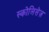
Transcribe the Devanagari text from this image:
स्कोलिसेज़